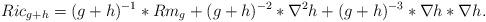
LaTeX: \begin{align*}Ric_{g +h} = (g+h)^{-1}* Rm_g + (g+h)^{-2} * \nabla^2 h + (g+h)^{-3} * \nabla h * \nabla h.\end{align*}